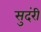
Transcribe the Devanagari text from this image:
सुदंरी